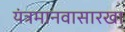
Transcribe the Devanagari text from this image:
यंत्रमानवासारखा